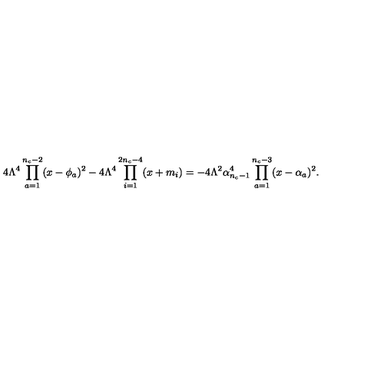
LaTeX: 4 \Lambda ^ { 4 } \prod _ { a = 1 } ^ { n _ { c } - 2 } ( x - \phi _ { a } ) ^ { 2 } - 4 \Lambda ^ { 4 } \prod _ { i = 1 } ^ { 2 n _ { c } - 4 } ( x + m _ { i } ) = - 4 \Lambda ^ { 2 } \alpha _ { n _ { c } - 1 } ^ { 4 } \prod _ { a = 1 } ^ { n _ { c } - 3 } ( x - \alpha _ { a } ) ^ { 2 } .